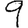
Digit: 9